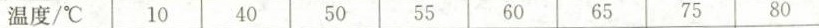
温度/℃ 10 40 50 55 60 65 75 80